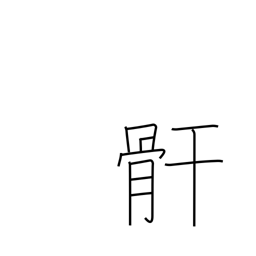
Meaning: leg